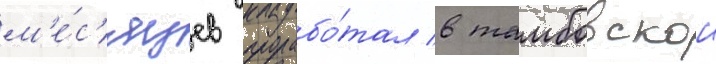
м'е́с'яцев прорабо́тал в тамбовскои